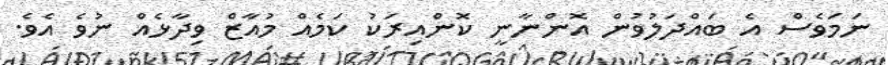
ނަމަވެސް އެ ބައްދަލުވުން އޮންނާނީ ކޮންއިރަކު ކަމެއް މުއާޒް ވިދާޅެއް ނުވެ އެވެ.